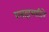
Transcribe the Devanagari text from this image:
प्रसह्यसाहिने